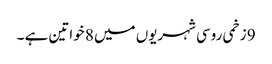
9 زخمی روسی شہریوں میں 8 خواتین ہے ۔